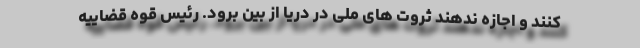
کنند و اجازه ندهند ثروت های ملی در دریا از بین برود. رئیس قوه قضاییه